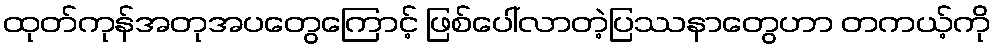
ထုတ်ကုန်အတုအပတွေကြောင့် ဖြစ်ပေါ်လာတဲ့ပြဿနာတွေဟာ တကယ့်ကို